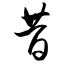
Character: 昔